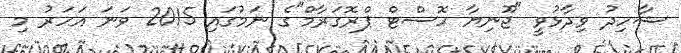
ޝާހިދު ވިދާޅުވީ "ޖޫނިޔާ ހޮސްޓް ޕްރޮގަރާމް"ގެ ނަމުގައި 2015 ވަނަ އަހަރު މި